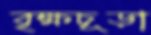
বৃক্ষচূড়া